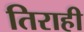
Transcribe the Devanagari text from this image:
तिराही